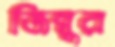
জিম্বুর